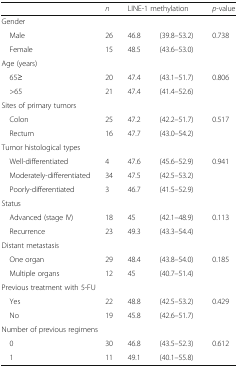
|  | n | <COLSPAN=2> LINE-1 methylation | p-value |
 | --- | --- | --- | --- | --- |
 | <COLSPAN=5> Gender |
 | Male | 26 | 46.8 | (39.8–53.2) | 0.738 |
 | Female | 15 | 48.5 | (43.6–53.0) |  |
 | <COLSPAN=5> Age (years) |
 | 65≥ | 20 | 47.4 | (43.1–51.7) | 0.806 |
 | >65 | 21 | 47.4 | (41.4–52.6) |  |
 | <COLSPAN=5> Sites of primary tumors |
 | Colon | 25 | 47.2 | (42.2–51.7) | 0.517 |
 | Rectum | 16 | 47.7 | (43.0–54.2) |  |
 | <COLSPAN=5> Tumor histological types |
 | Well-differentiated | 4 | 47.6 | (45.6–52.9) | 0.941 |
 | Moderately-differentiated | 34 | 47.5 | (42.5–53.2) |  |
 | Poorly-differentiated | 3 | 46.7 | (41.5–52.9) |  |
 | <COLSPAN=5> Status |
 | Advanced (stage IV) | 18 | 45 | (42.1–48.9) | 0.113 |
 | Recurrence | 23 | 49.3 | (43.3–54.4) |  |
 | <COLSPAN=5> Distant metastasis |
 | One organ | 29 | 48.4 | (43.8–54.0) | 0.185 |
 | Multiple organs | 12 | 45 | (40.7–51.4) |  |
 | <COLSPAN=5> Previous treatment with 5-FU |
 | Yes | 22 | 48.8 | (42.5–53.2) | 0.429 |
 | No | 19 | 45.8 | (42.6–51.7) |  |
 | <COLSPAN=5> Number of previous regimens |
 | 0 | 30 | 46.8 | (43.5–52.3) | 0.612 |
 | 1 | 11 | 49.1 | (40.1–55.8) |  |